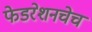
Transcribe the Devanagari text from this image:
फेडरेशनचेच